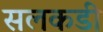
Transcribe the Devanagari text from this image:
सलकडी